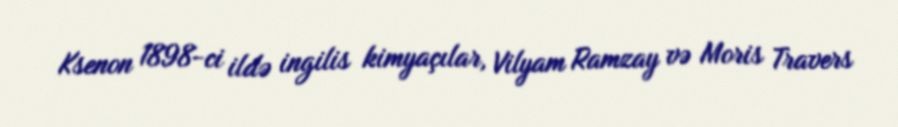
Ksenon 1898-ci ildə ingilis kimyaçılar, Vilyam Ramzay və Moris Travers